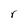
Character: r